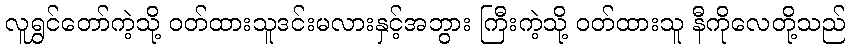
လူရွှင်တော်ကဲ့သို့ ဝတ်ထားသူဒင်းမလားနှင့်အဘွား ကြီးကဲ့သို့ ဝတ်ထားသူ နီကိုလေတို့သည်